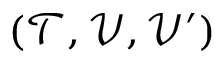
( \mathcal { T } , \mathcal { V } , \mathcal { V } ^ { \prime } )